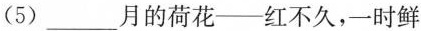
(5) ___月的荷花——红不久，一时鲜